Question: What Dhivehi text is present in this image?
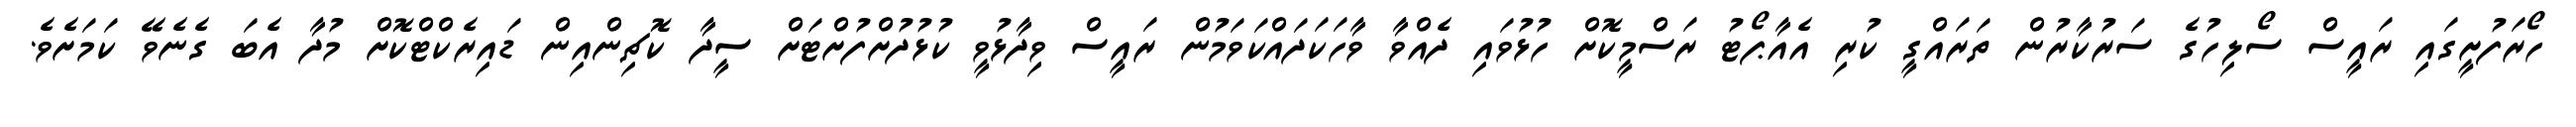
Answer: ހޯރަފުށީގައި ރައީސް ސޯލިހުގެ ސަރުކާރުން ތަރައްގީ ކުރި އެއާޕޯޓު ރަސްމީކޮށް ހުޅުވައި ދެއްވާ ވާހަކަދައްކަވަމުން ރައީސް ވިދާޅުވީ ކުޅުދުށްފުށްޓަށް ސީދާ ކޮޗިންއިން ޑައިރެކްޓްކޮށް މުދާ އެބަ ގެނެވޭ ކަމަށެވެ.